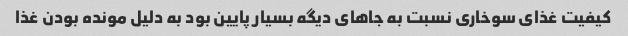
کیفیت غذای سوخاری نسبت به جاهای دیگه بسیار پایین بود به دلیل مونده بودن غذا